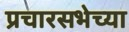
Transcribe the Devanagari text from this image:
प्रचारसभेच्या